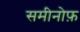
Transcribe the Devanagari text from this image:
समीनोफ़